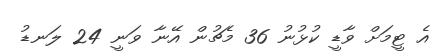
އެ ޓީމަށް ވާޑީ ކުޅުނު 36 މެޗުން އޭނާ ވަނީ 24 ލަނޑު